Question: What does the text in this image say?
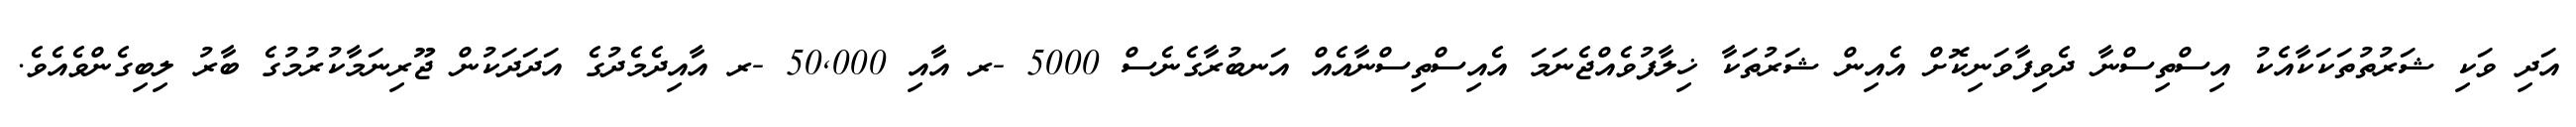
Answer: އަދި ވަކި ޝަރުތުތަކަކާއެކު އިސްތިސްނާ ދެވިފާވަނިކޮށް އެއިން ޝަރުތަކާ ޚިލާފުވެއްޖެނަމަ އެއިސްތިސްނާއެއް އަނބުރާގެނެސް 5000 -ރ އާއި 50,000 -ރ އާއިދެމެދުގެ އަދަދަކުން ޖޫރިނަމާކުރުމުގެ ބާރު ލިބިގެންވެއެވެ.